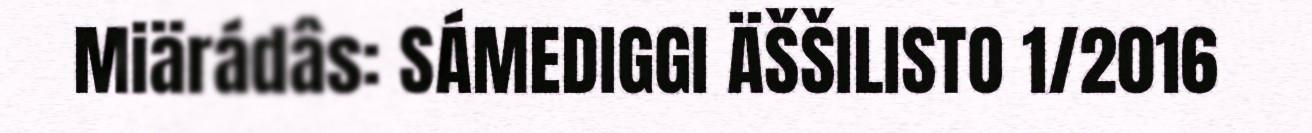
Miärádâs: SÁMEDIGGI ÄŠŠILISTO 1/2016